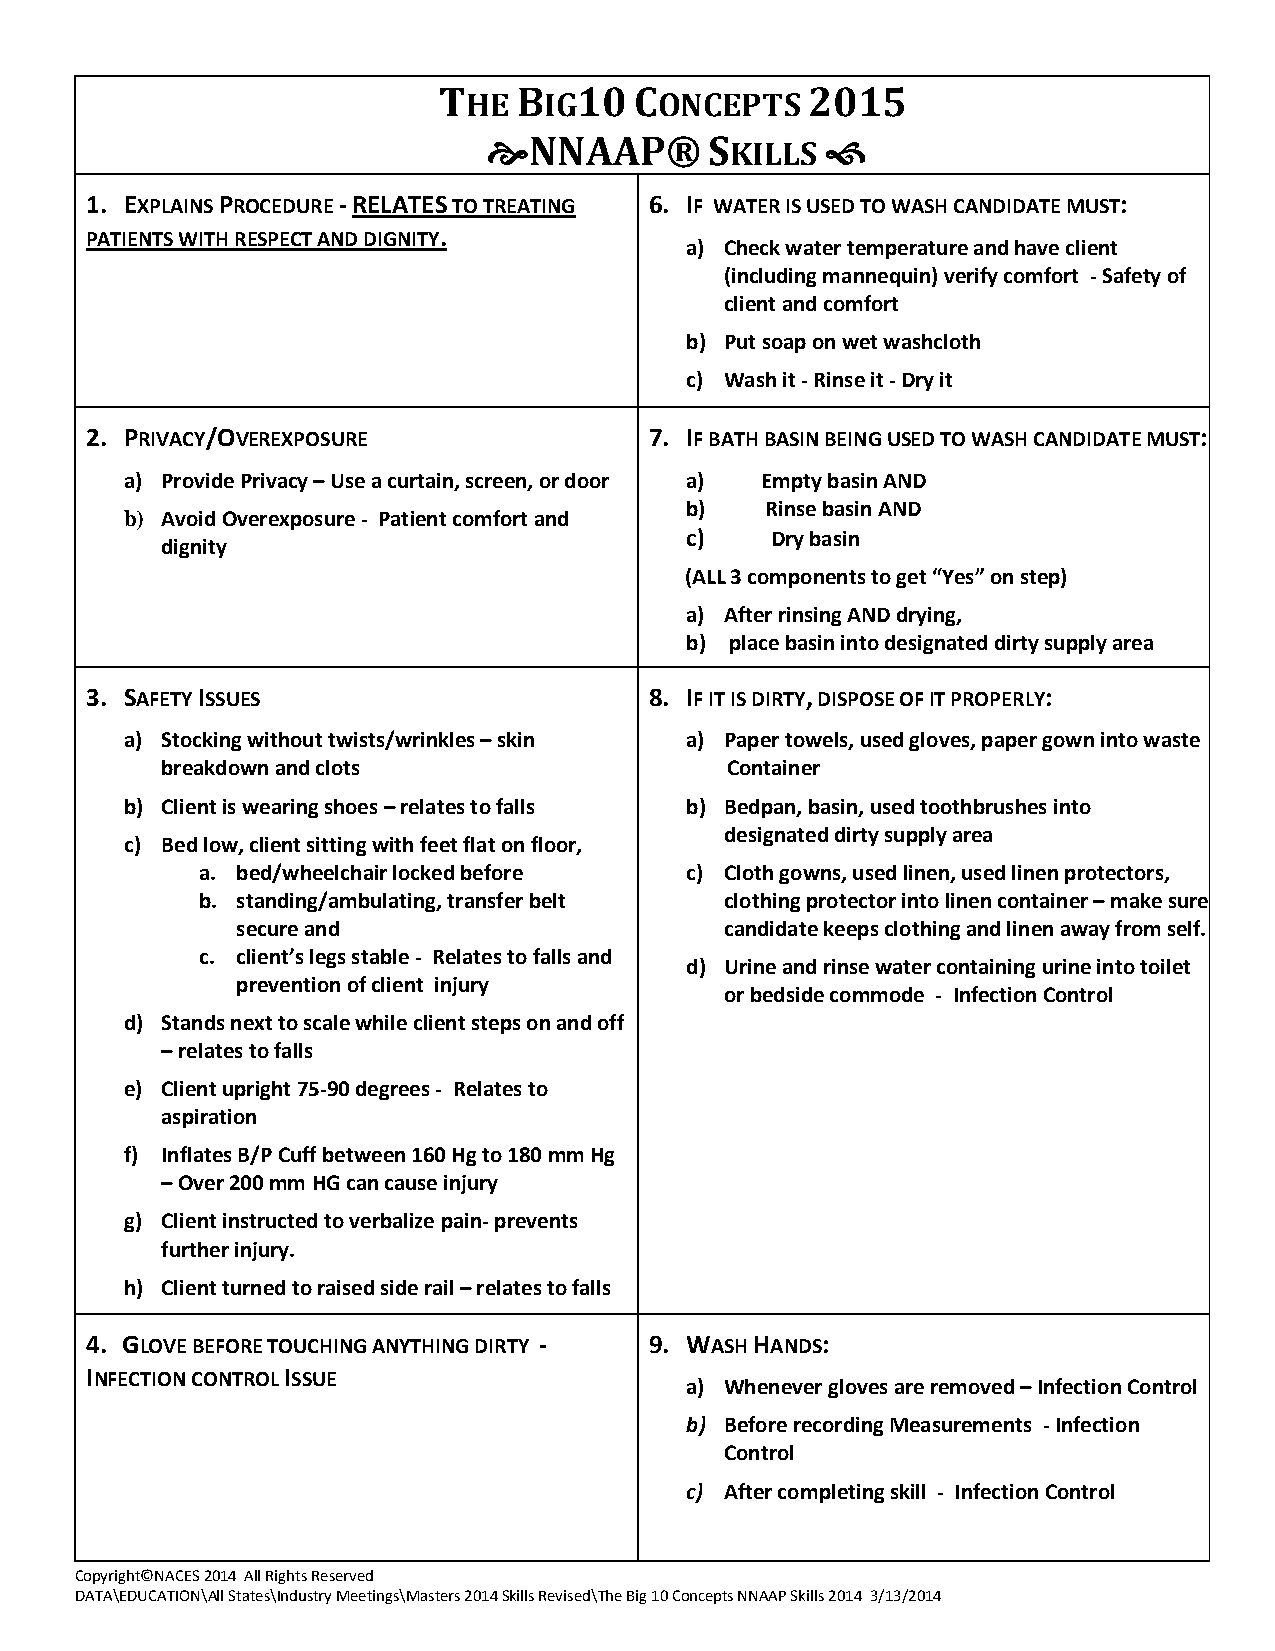
THE  BIG10   CONCEPTS   2015
 NNAAP®        SKILLS  
 1. EXPLAINS PROCEDURE - RELATES TO TREATING 6. IF WATER IS USED TO WASH CANDIDATE MUST:
 PATIENTS WITH RESPECT AND DIGNITY.
 a) Check water temperature and have client
 (including mannequin) verify comfort - Safety of
 client and comfort
 b) Put soap on wet washcloth
 c) Wash it - Rinse it - Dry it
 2. PRIVACY/OVEREXPOSURE              7. IF BATH BASIN BEING USED TO WASH CANDIDATE MUST:
 a) Provide Privacy – Use a curtain, screen, or door a) Empty basin AND
 b)    Rinse basin AND
 b) Avoid Overexposure - Patient comfort and
 c)    Dry basin
 dignity
 (ALL 3 components to get “Yes” on step)
 a) After rinsing AND drying,
 b) place basin into designated dirty supply area
 3. SAFETY ISSUES                     8. IF IT IS DIRTY, DISPOSE OF IT PROPERLY:
 a) Stocking without twists/wrinkles – skin a) Paper towels, used gloves, paper gown into waste
 breakdown and clots                  Container
 b) Client is wearing shoes – relates to falls b) Bedpan, basin, used toothbrushes into
 designated dirty supply area
 c) Bed low, client sitting with feet flat on floor,
 a. bed/wheelchair locked before c) Cloth gowns, used linen, used linen protectors,
 b. standing/ambulating, transfer belt clothing protector into linen container – make sure
 secure and                      candidate keeps clothing and linen away from self.
 c. client’s legs stable - Relates to falls and
 d) Urine and rinse water containing urine into toilet
 prevention of client injury
 or bedside commode - Infection Control
 d) Stands next to scale while client steps on and off
 – relates to falls
 e) Client upright 75-90 degrees - Relates to
 aspiration
 f) Inflates B/P Cuff between 160 Hg to 180 mm Hg
 – Over 200 mm HG can cause injury
 g) Client instructed to verbalize pain- prevents
 further injury.
 h) Client turned to raised side rail – relates to falls
 4. GLOVE BEFORE TOUCHING ANYTHING DIRTY - 9. WASH HANDS:
 INFECTION CONTROL ISSUE
 a) Whenever gloves are removed – Infection Control
 b) Before recording Measurements - Infection
 Control
 c) After completing skill - Infection Control
 Copyright©NACES 2014 All Rights Reserved
 DATA\EDUCATION\All States\Industry Meetings\Masters 2014 Skills Revised\The Big 10 Concepts NNAAP Skills 2014 3/13/2014